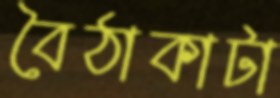
বৈঠাকাটা